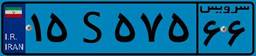
۵۷S۲۵۷۹۷